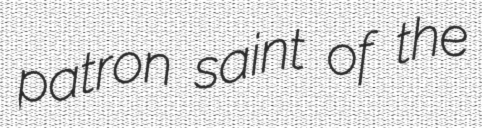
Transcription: patron saint of the